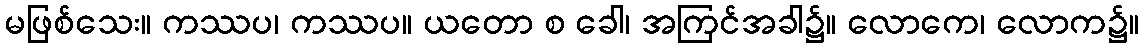
မဖြစ်သေး။ ကဿပ၊ ကဿပ။ ယတော စ ခေါ၊ အကြင်အခါ၌။ လောကေ၊ လောက၌။